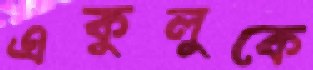
একুলুকে